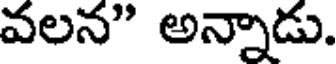
వలన" అన్నాడు.